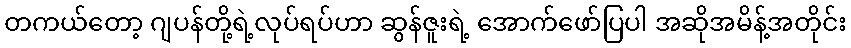
တကယ်တော့ ဂျပန်တို့ရဲ့လုပ်ရပ်ဟာ ဆွန်ဇူးရဲ့ အောက်ဖော်ပြပါ အဆိုအမိန့်အတိုင်း